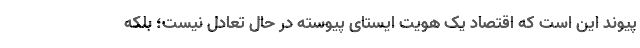
پیوند این است که اقتصاد یک هویت ایستای پیوسته در حال تعادل نیست؛ بلکه